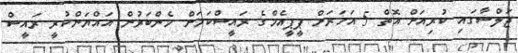
ޖަލްސާގައި ކުރިއަށް އޮތް 5 އަހަރަށް ޕީޕީއެމްގެ ރައީސްކަމަށް މެންބަރުން އައްޔަންކުރީ ރައީސް